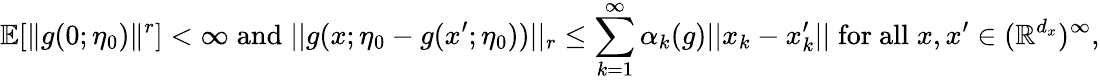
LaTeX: \mathbb{E}[\| g(0;\eta_{0})\| ^{r}]<\infty\; \mathrm{and}\; ||g(x;\eta_{0}-g(x^{\prime};\eta_{0}))||_{r}\leq\sum_{k=1}^{\infty}\alpha_{k}(g)||x_{k}-x_{k}^{\prime}||\; \mathrm{for~all}\; x,x^{\prime}\in(\mathbb{R}^{d_{x}})^{\infty},